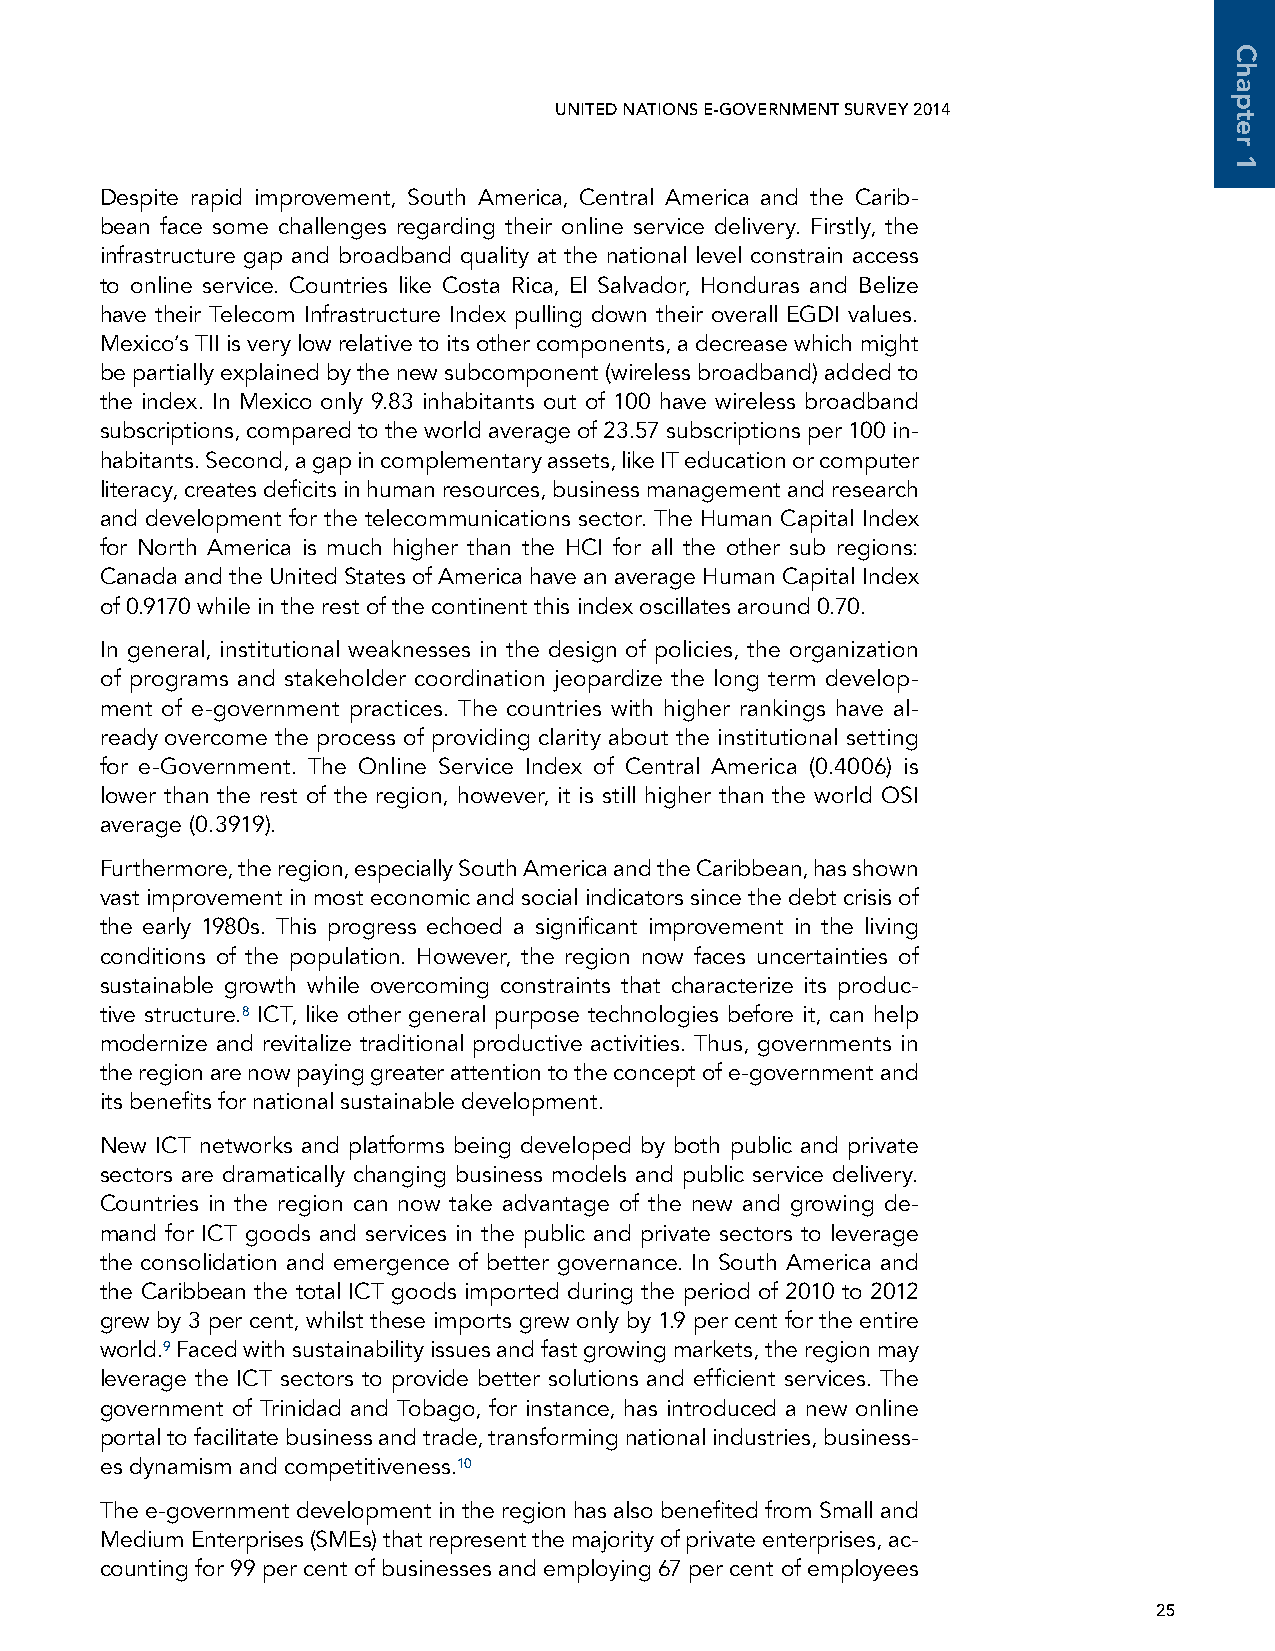
UNITED NATIONS E-GOVERNMENT SURVEY 2014
 Despite rapid improvement, South America, Central America and the Carib-
 bean face some challenges regarding their online service delivery. Firstly, the
 infrastructure gap and broadband quality at the national level constrain access
 to online service. Countries like Costa Rica, El Salvador, Honduras and Belize
 have their Telecom Infrastructure Index pulling down their overall EGDI values.
 Mexico’s TII is very low relative to its other components, a decrease which might
 be partially explained by the new subcomponent (wireless broadband) added to
 the index. In Mexico only 9.83 inhabitants out of 100 have wireless broadband
 subscriptions, compared to the world average of 23.57 subscriptions per 100 in-
 habitants. Second, a gap in complementary assets, like IT education or computer
 literacy, creates deficits in human resources, business management and research
 and development for the telecommunications sector. The Human Capital Index
 for North America is much higher than the HCI for all the other sub regions:
 Canada and the United States of America have an average Human Capital Index
 of 0.9170 while in the rest of the continent this index oscillates around 0.70.
 In general, institutional weaknesses in the design of policies, the organization
 of programs and stakeholder coordination jeopardize the long term develop-
 ment of e-government practices. The countries with higher rankings have al-
 ready overcome the process of providing clarity about the institutional setting
 for e-Government. The Online Service Index of Central America (0.4006) is
 lower than the rest of the region, however, it is still higher than the world OSI
 average (0.3919).
 Furthermore, the region, especially South America and the Caribbean, has shown
 vast improvement in most economic and social indicators since the debt crisis of
 the early 1980s. This progress echoed a significant improvement in the living
 conditions of the population. However, the region now faces uncertainties of
 sustainable growth while overcoming constraints that characterize its produc-
 tive structure.8 ICT, like other general purpose technologies before it, can help
 modernize and revitalize traditional productive activities. Thus, governments in
 the region are now paying greater attention to the concept of e-government and
 its benefits for national sustainable development.
 New ICT networks and platforms being developed by both public and private
 sectors are dramatically changing business models and public service delivery.
 Countries in the region can now take advantage of the new and growing de-
 mand for ICT goods and services in the public and private sectors to leverage
 the consolidation and emergence of better governance. In South America and
 the Caribbean the total ICT goods imported during the period of 2010 to 2012
 grew by 3 per cent, whilst these imports grew only by 1.9 per cent for the entire
 world.9 Faced with sustainability issues and fast growing markets, the region may
 leverage the ICT sectors to provide better solutions and efficient services. The
 government of Trinidad and Tobago, for instance, has introduced a new online
 portal to facilitate business and trade, transforming national industries, business-
 es dynamism and competitiveness.10
 The e-government development in the region has also benefited from Small and
 Medium Enterprises (SMEs) that represent the majority of private enterprises, ac-
 counting for 99 per cent of businesses and employing 67 per cent of employees
 25
 Chapter
 1